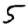
Digit: 5